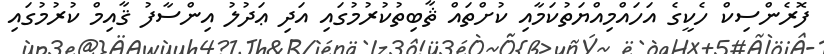
ފޮރެންސިކް ހެކީގެ އަހައްމިއްޔަތުކަމާއި ކުށްތައް ޘާބިތުކުރުމުގައި އަދި ޢަދުލު އިންސާފު ޤާއިމް ކުރުމުގައި